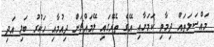
މައްސަލަތައް ދިމާވި ކަމަށާއި އޭގެ ތެރޭގައި ލޭމައްޗަށް ދިއުމާއި ހަކުރު ބަލި އަދި